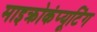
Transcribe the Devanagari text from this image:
माइक्रोकंप्यूटिंग